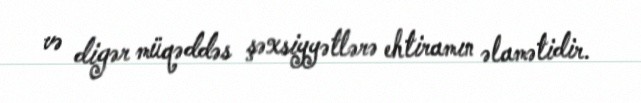
və digər müqəddəs şəxsiyyətlərə ehtiramın əlamətidir.